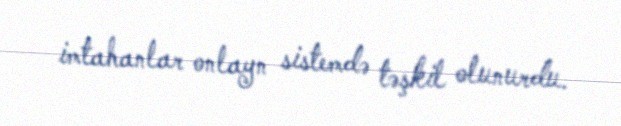
imtahanlar onlayn sistemdə təşkil olunurdu.